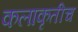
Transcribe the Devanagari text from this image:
कलाकृतीच